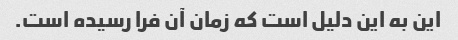
این به این دلیل است که زمان آن فرا رسیده است.